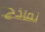
نماذج